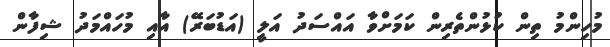
މުހިންމު ތިން ކުޅުންތެރިން ކަމަށްވާ އައްސަދު އަލީ (އަޑުބަރޭ) އާއި މުހައްމަދު ޝިފާން